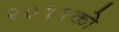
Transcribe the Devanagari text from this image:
२०११को